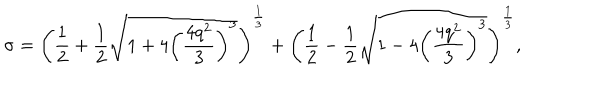
LaTeX: \sigma = \left( \frac 1 2 + \frac 1 2 \sqrt { 1 + 4 \left( \frac { 4 q ^ { 2 } } { 3 } \right) ^ { 3 } } \right) ^ { \frac 1 3 } + \left( \frac 1 2 - \frac 1 2 \sqrt { 1 - 4 \left( \frac { 4 q ^ { 2 } } { 3 } \right) ^ { 3 } } \right) ^ { \frac 1 3 } ,